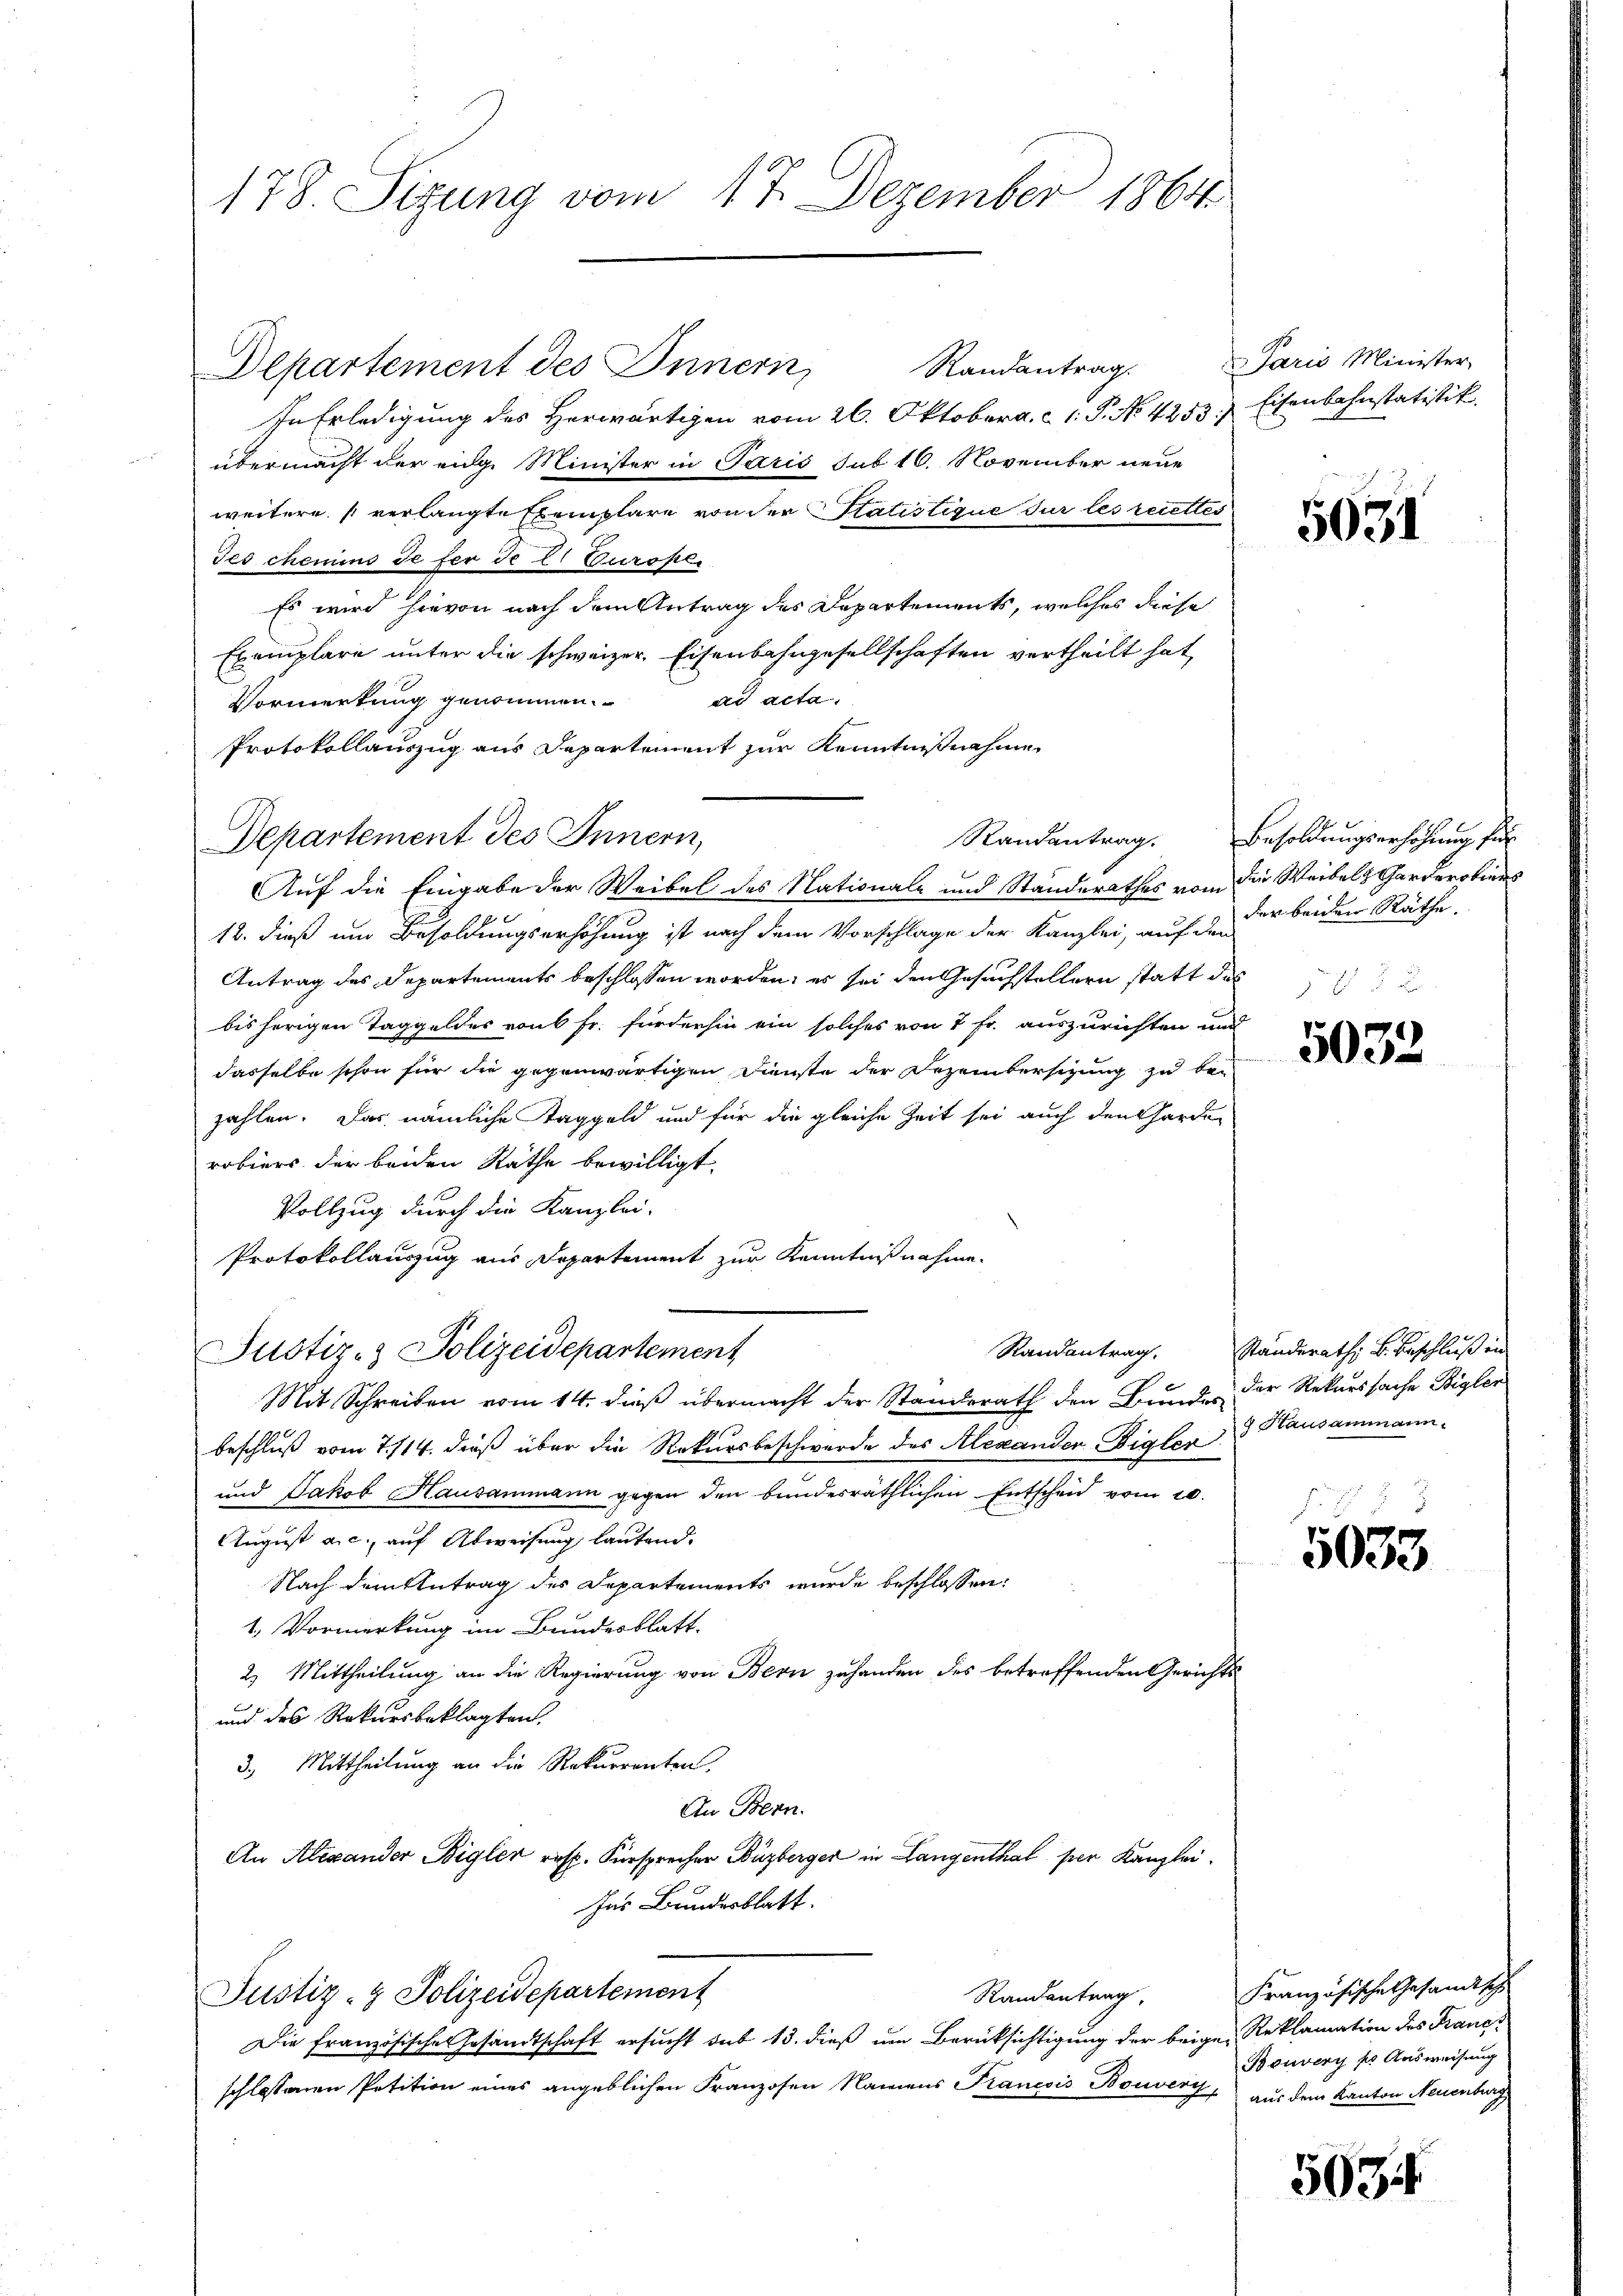
178. Sizung vom 17. Dezember 1864

Departement des Innern

Randantrag.
In Erledigung des Herwärtigen vom 26. Oktober a. c. 1. P. No. 4253/
übermacht der eige Minister in Paris sub 16. November neue
weitere verlangte Exemplare von der Statistique sur les recettes
des chemins de fer de t. Zurope,
Es wird hievon nach dem Antrag des Departements, welches diese
Exemplare unter die schweizer. Eisenbahngesellschaften vertheilt hat
ad acta.
Vormerkung genommen.
Protokollauszug aus Departement zur Kenntnißnahme

Departement des Innern,

Randantrag.
Justiz- & Polizeidepartement

Auf die Eingabe der Weibel des Nationale und Standerathes vom die Weibels Garderobiers
12. dieß um Besoldungserhöhung ist nach dem Vorschlage der Kanzlei, auf den
Antrag des Departements beschlossen worden, es sei den Gesuchstellern statt des
bisherigen Taggeldes von 6 Fr. fürderhin ein solches von 7 fr. auszurichten und
dasselbe schon für die gegenwärtigen Dienste der Dezembersitzung zu bezahlen. Das nämliche Taggeld und für die gleiche Zeit sei auch den Garde
robiers der beiden Räthe bewilligt.
Vollzug durch die Kanzlei-
Protokollauszug aus Departement zur Kenntnißnahme.
Mit Schreiben vom 14. dieß übermacht der Standerath den Bunde der Rekurssache Bigler
beschluß vom 7./14. dieß über die Rekursbeschwerde des Alexander Eigler Hausammann
und Jakob Hausammann gegen den bundesräthlichen Entscheid vom 20.
August a.c. auf Abweisung lautend.
Nach dem Antrag des Departements wurde beschlossen:
1. Vormerkung im Bundesblatt.
2) Mittheilung an die Regierung von Bern zuhanden des betreffenden Gerichts-
und des Rekursbeklagten.
3. Mittheilung an die Rekurrenten.
An Bern.
An Alexander Bigler resp. Fürsprecher Buzberger in Langenthal per Kanzlei.
Das Bundesblatt.
Justiz- & Polizeidepartement
Randantrag,
Die französisches Gesandtschaft ersucht sub 13. dieß um Berücksichtigung der beige Reklamation des Franz-
schlossenen Petition eines angeblichen Franzosen Namens Pranesis Bouvery, aus dem Kanton Neuenburg

Paris Minister
Eisenbahnstatistik.

5031

Randantrag. Besoldungserhöhung für
der beiden Räthe.

.

5032

Ständerath B. Beschluß end

5033

Französische Gesandtsche
Bouvery pr Ausweisung

5034